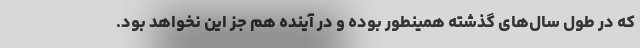
که در طول سال‌های گذشته همینطور بوده و در آینده هم جز این نخواهد بود.